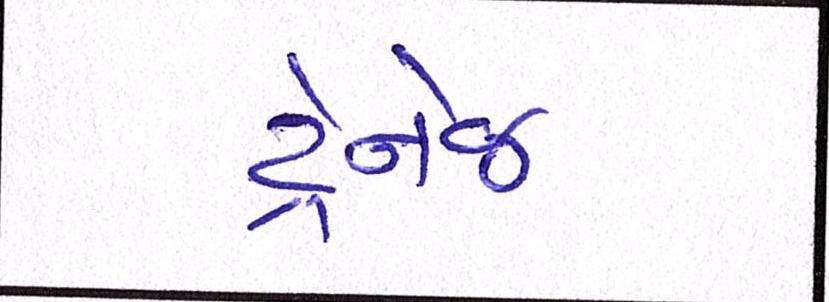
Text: ડ્રેનેજ